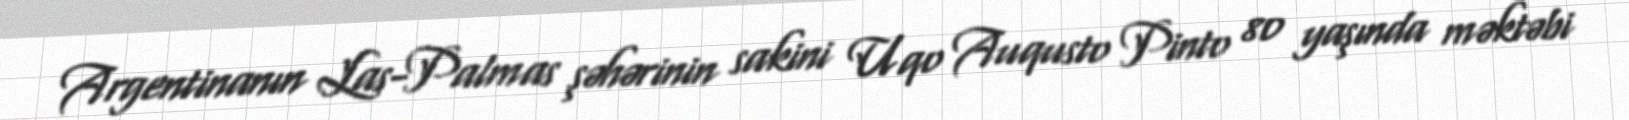
Argentinanın Las-Palmas şəhərinin sakini Uqo Auqusto Pinto 80 yaşında məktəbi